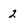
Character: 2